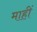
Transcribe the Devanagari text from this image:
माहीं